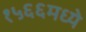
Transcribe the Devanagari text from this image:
१५६६मध्ये